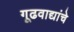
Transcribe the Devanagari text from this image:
गूढवाद्यांचे